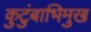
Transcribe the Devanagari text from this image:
कुटुंबाभिमुख